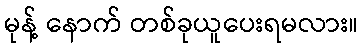
မုန့် နောက် တစ်ခုယူပေးရမလား။